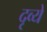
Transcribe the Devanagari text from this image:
दृव्ये